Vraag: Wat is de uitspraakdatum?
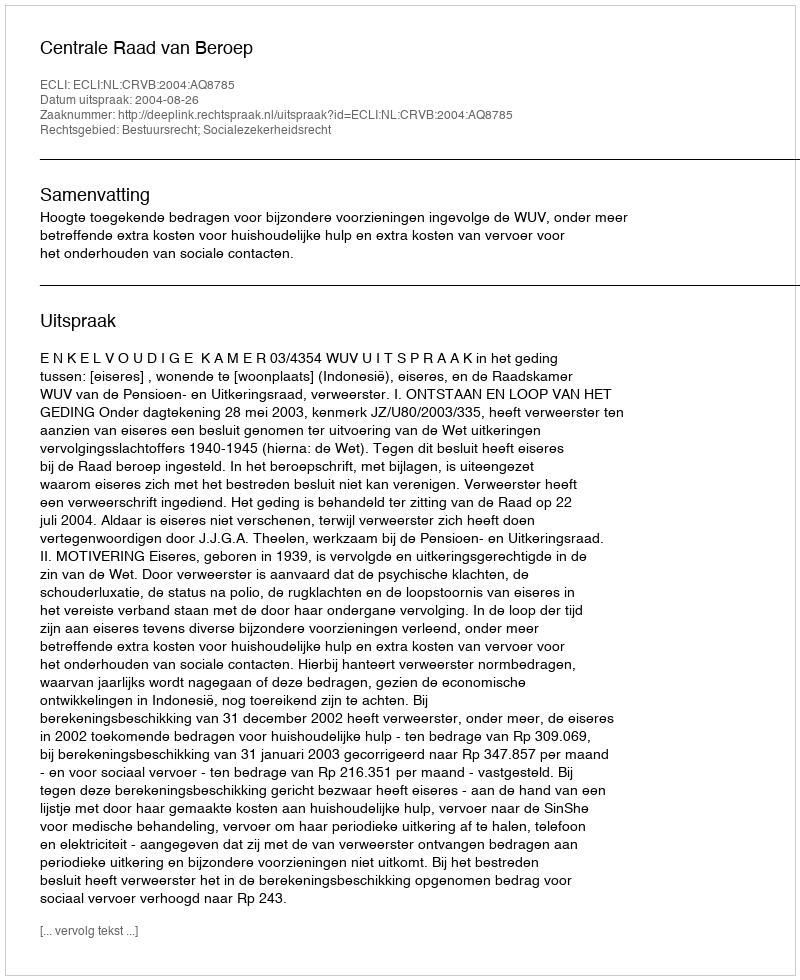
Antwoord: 2004-08-26